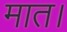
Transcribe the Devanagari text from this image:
मात।